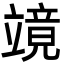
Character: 𮄹